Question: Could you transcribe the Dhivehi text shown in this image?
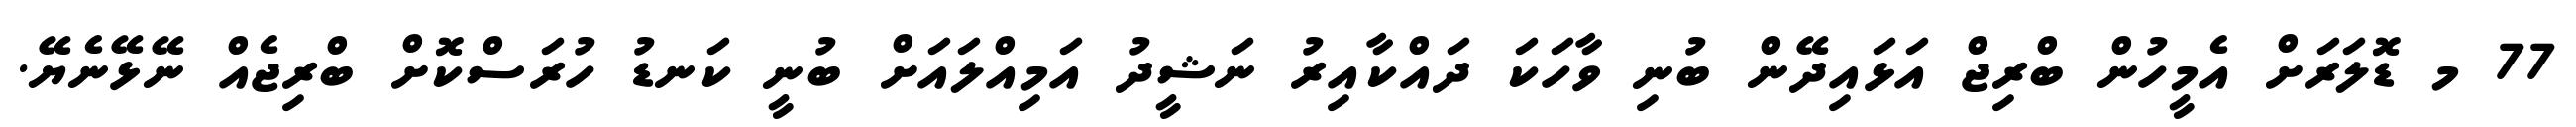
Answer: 77 މ ޑޮލަރަށް އެމީހުން ބްރިޖް އަޅައިދޭން ބުނި ވާހަކަ ދައްކާއިރު ނަޝީދު އަމިއްލައަށް ބުނީ ކަނޑު ހުރަސްކޮށް ބްރިޖެއް ނޭޅޭނެޔޭ.